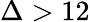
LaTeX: \Delta>12